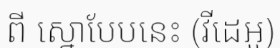
ពី ស្នោបែបនេះ (វីដេអូ)